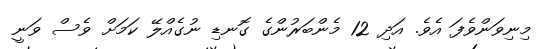
މިނިވަންވެފަ އެވެ. އަދި 12 މެންބަރުންގެ ގޮނޑި ނުގެއްލޭ ކަމަށް ވެސް ވަނީ